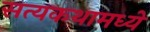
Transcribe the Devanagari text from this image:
सत्यकथामध्ये